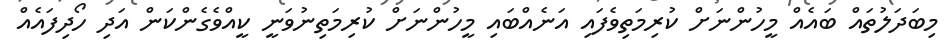
މިބަދަލުތައް ބައެއް މީހުންނަށް ކުރިމަތިވެފައި އަނެއްބައި މީހުންނަށް ކުރިމަތިނުވަނީ ކީއްވެގެންކަން އަދި ހޯދިފައެއް